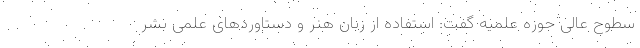
سطوح عالی حوزه علمیه گفت: استفاده از زبان هنر و دستاوردهای علمی بشر